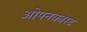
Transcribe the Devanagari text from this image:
ओपनकास्ट